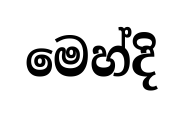
මෙහ්දි